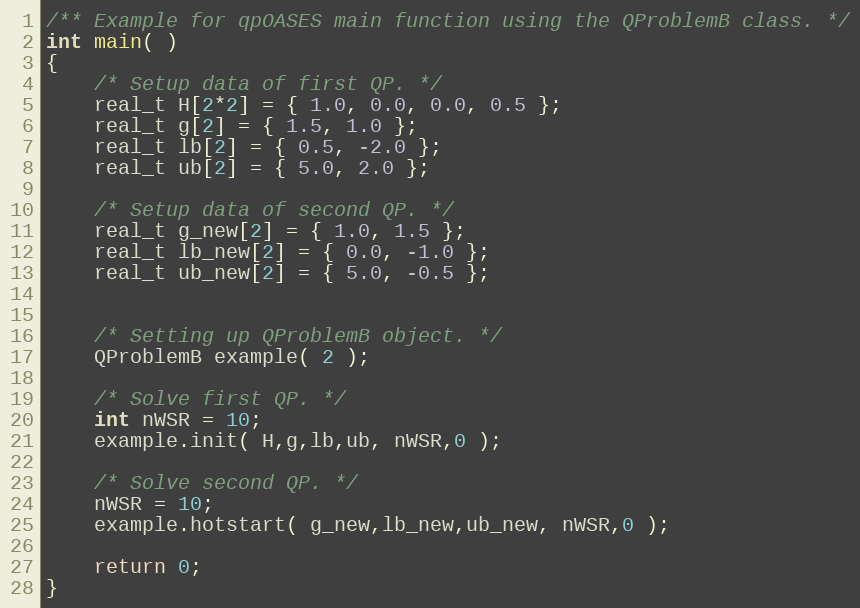
Language: C++
/** Example for qpOASES main function using the QProblemB class. */
int main( )
{
	/* Setup data of first QP. */
	real_t H[2*2] = { 1.0, 0.0, 0.0, 0.5 };
	real_t g[2] = { 1.5, 1.0 };
	real_t lb[2] = { 0.5, -2.0 };
	real_t ub[2] = { 5.0, 2.0 };

	/* Setup data of second QP. */
	real_t g_new[2] = { 1.0, 1.5 };
	real_t lb_new[2] = { 0.0, -1.0 };
	real_t ub_new[2] = { 5.0, -0.5 };

	/* Setting up QProblemB object. */
	QProblemB example( 2 );

	/* Solve first QP. */
	int nWSR = 10;
	example.init( H,g,lb,ub, nWSR,0 );

	/* Solve second QP. */
	nWSR = 10;
	example.hotstart( g_new,lb_new,ub_new, nWSR,0 );

	return 0;
}